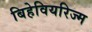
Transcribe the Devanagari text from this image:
बिहेवियरिज्म